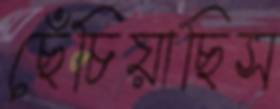
ছেঁচিয়াছিস